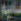
سانية